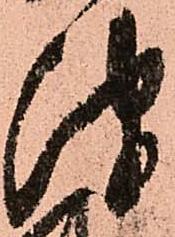
津